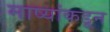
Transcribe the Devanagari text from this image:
माष्यांकडून